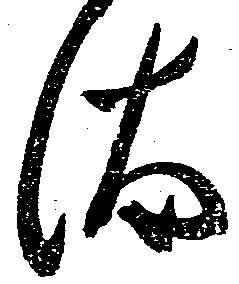
汰